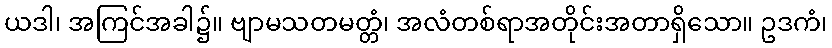
ယဒါ၊ အကြင်အခါ၌။ ဗျာမသတမတ္တံ၊ အလံတစ်ရာအတိုင်းအတာရှိသော။ ဥဒကံ၊